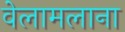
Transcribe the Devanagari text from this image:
वेलामलाना